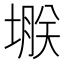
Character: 𫮗